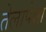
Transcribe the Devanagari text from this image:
तेलापेक्षा